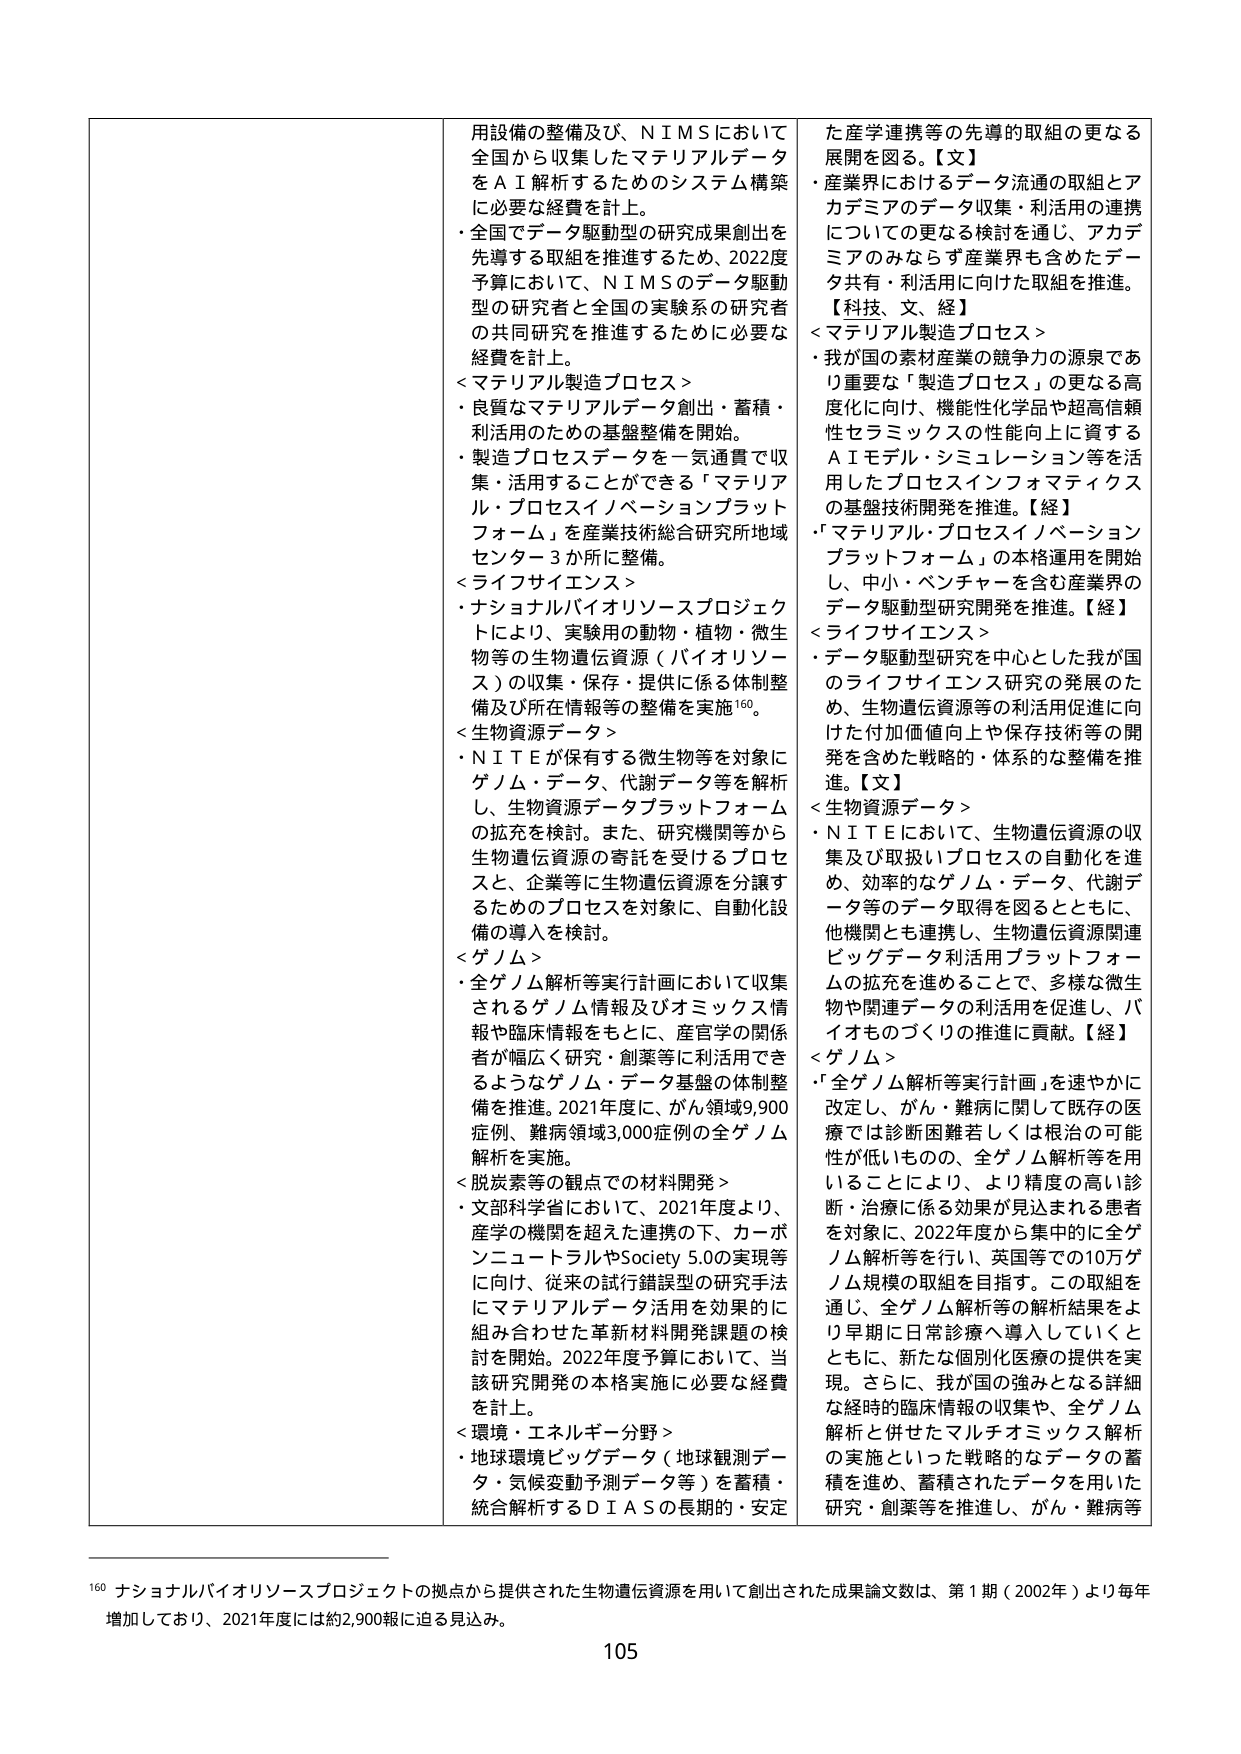
用設備の整備及び、ＮＩＭＳにおいて全国から収集したマテリアルデータをＡＩ解析するためのシステム構築に必要な経費を計上。
・全国でデータ駆動型の研究成果創出を先導する取組を推進するため、2022度予算において、ＮＩＭＳのデータ駆動型の研究者と全国の実験系の研究者の共同研究を推進するために必要な経費を計上。

＜マテリアル製造プロセス＞
・良質なマテリアルデータ創出・蓄積・利活用のための基盤整備を開始。
・製造プロセスデータを一気通貫で収集・活用することができる「マテリアル・プロセスイノベーションプラットフォーム」を産業技術総合研究所地域センター3か所に整備。

＜ライフサイエンス＞
・ナショナルバイオリソースプロジェクトにより、実験用の動物・植物・微生物等の生物遺伝資源（バイオリソース）の収集・保存・提供に係る体制整備及び所在情報等の整備を実施¹⁶⁰。

＜生物資源データ＞
・ＮＩＴＥが保有する微生物等を対象にゲノム・データ、代謝データ等を解析し、生物資源データプラットフォームの拡充を検討。また、研究機関等から生物遺伝資源の寄託を受けたプロセスと、企業等に生物遺伝資源を分譲するためのプロセスを対象に、自動化設備の導入を検討。

＜ゲノム＞
・全ゲノム解析等実行計画において収集されるゲノム情報及びオミックス情報や臨床情報ともに、産官学の関係者が幅広く研究・創薬等に利活用できるようなゲノム・データ基盤の体制整備を推進。2021年度に、がん領域9,900症例、難病領域3,000症例の全ゲノム解析を実施。

＜脱炭素等の観点での材料開発＞
・文部科学省において、2021年度より、産学の機関を超えた連携の下、カーボンニュートラルやSociety 5.0の実現等に向け、従来の試行錯誤型の研究手法にマテリアルデータ活用を効果的に組み合わせた革新材料開発課題の検討を開始。2022年度予算において、当該研究開発の本格実施に必要な経費を計上。

＜環境・エネルギー分野＞
・地球環境ビッグデータ（地球観測データ・気候変動予測データ等）を蓄積・統合解析するＤＩＡＳの長期的・安定

た産学連携等の先導的取組の更なる展開を図る。【文】
・産業界におけるデータ流通の取組とアカデミアのデータ収集・利活用の連携についての更なる検討を通じ、アカデミアのみならず産業界も含めたデータ共有・利活用に向けた取組を推進。

【科技、文、経】
＜マテリアル製造プロセス＞
・我が国の素材産業の競争力の源泉であり重要な「製造プロセス」の更なる高度化に向け、機能性化学品や超高信頼性セラミックスの性能向上に資するＡＩモデル・シミュレーション等を活用したプロセスインフォマティクスの基盤技術開発を推進。【経】

・「マテリアル・プロセスイノベーションプラットフォーム」の本格運用を開始し、中小・ベンチャーを含む産業界のデータ駆動型研究開発を推進。【経】

＜ライフサイエンス＞
・データ駆動型研究を中心とした我が国のライフサイエンス研究の発展のため、生物遺伝資源等の利活用促進に向けた付加価値向上や保存技術等の開発を含めた戦略的・体系的な整備を推進。【文】

＜生物資源データ＞
・ＮＩＴＥにおいて、生物遺伝資源の収集及び取扱いプロセスの自動化を進め、効率的なゲノム・データ、代謝データ等のデータ取得を図るとともに、他機関とも連携し、生物遺伝資源関連ビッグデータ利活用プラットフォームの拡充を進めることで、多様な微生物や関連データの利活用を促進し、バイオものづくりの推進に貢献。【経】

＜ゲノム＞
・「全ゲノム解析等実行計画」を速やかに改定し、がん・難病に関して既存の医療では診断困難若しくは根治の可能性が低いものの、全ゲノム解析等を用いることにより、より精度の高い診断・治療に係る効果が見込まれる患者を対象に、2022年度から集中的に全ゲノム解析等を行い、英国等での10万ゲノム規模の取組を目指す。この取組を通じ、全ゲノム解析等の解析結果をより早期に日常診療へ導入していくとともに、新たな個別化医療の提供を実現。さらに、我が国の強みとなる詳細な経時的臨床情報の収集や、全ゲノム解析と併せたマルチオミックス解析の実施といった戦略的なデータの蓄積を進め、蓄積されたデータを用いた研究・創薬等を推進し、がん・難病等

¹⁶⁰ ナショナルバイオリソースプロジェクトの拠点から提供された生物遺伝資源を用いて創出された成果論文数は、第1期（2002年）より毎年増加しており、2021年度には約2,900報に迫る見込み。

105